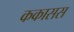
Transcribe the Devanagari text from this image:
ककासस